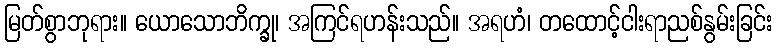
မြတ်စွာဘုရား။ ယောသောဘိက္ခု၊ အကြင်ရဟန်းသည်။ အရဟံ၊ တထောင့်ငါးရာညစ်နွမ်းခြင်း